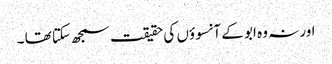
اور نہ وہ ابو کے آنسوؤں کی حقیقت سمجھ سکتا تھا ۔